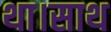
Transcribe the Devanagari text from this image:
था।साथ